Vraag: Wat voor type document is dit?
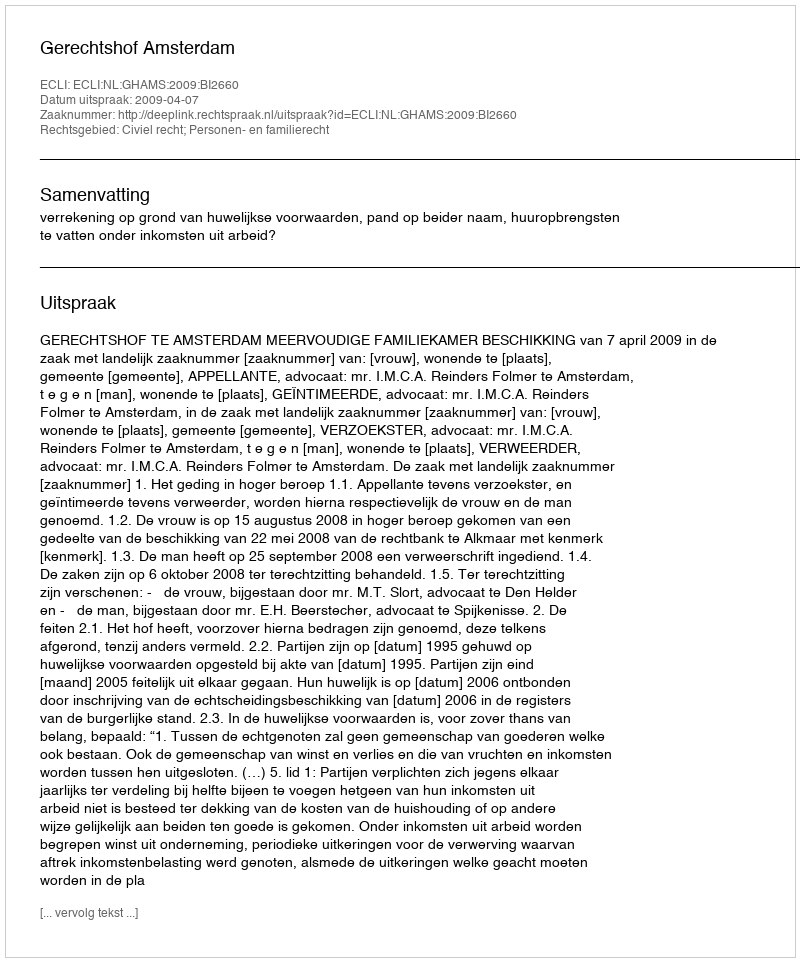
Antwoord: Uitspraak